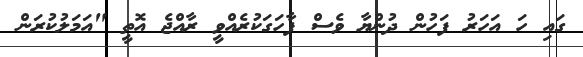
ގައި ހަ އަހަރު ފަހުން ދުންޔާ ވެސް ފާހަގަކުރެއްވީ ރާއްޖެ އޮތީ "އަމަލުކުރަން